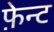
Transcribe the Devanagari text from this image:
फ़ेन्ट